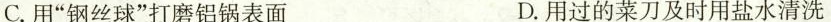
C.用”钢丝球”打磨铝锅表面 D.用过的菜刀及时用盐水清洗